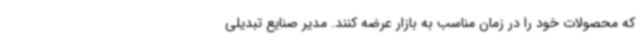
که محصولات خود را در زمان مناسب به بازار عرضه کنند. مدیر صنایع تبدیلی